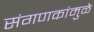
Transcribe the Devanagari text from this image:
संगणकांमुळे